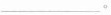
___。